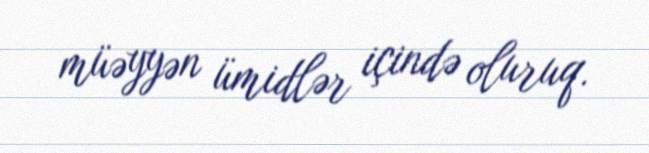
müəyyən ümidlər içində oluruq.